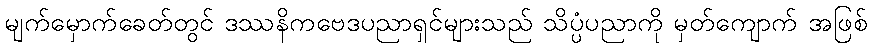
မျက်မှောက်ခေတ်တွင် ဒဿနိကဗေဒပညာရှင်များသည် သိပ္ပံပညာကို မှတ်ကျောက် အဖြစ်